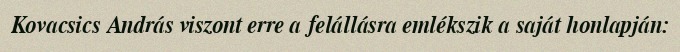
Kovacsics András viszont erre a felállásra emlékszik a saját honlapján: